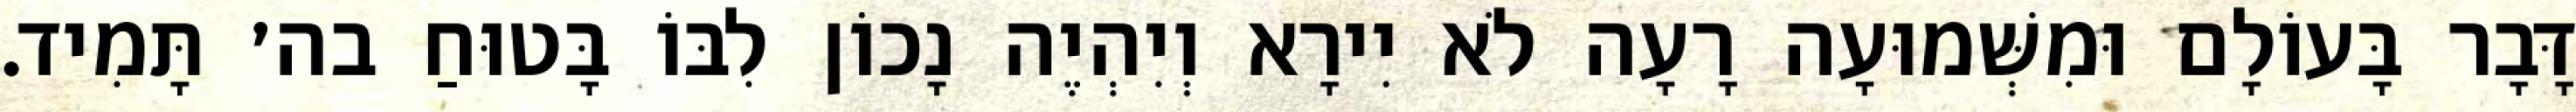
דָּבָר בָּעוֹלָם וּמִשְּׁמוּעָה רָעָה לֹא יִירָא וְיִהְיֶה נָכוֹן לִבּוֹ בָּטוּחַ בה׳ תָּמִיד.